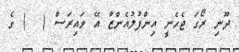
ދޫނި ރޯގަ ޖެހެނީ އިންފުލުއެންޒާ އޭ ވައިރަސް (  ) ގެ